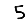
Digit: 5